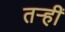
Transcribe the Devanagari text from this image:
तऱ्हीं